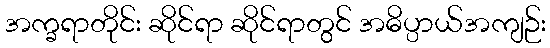
အက္ခရာတိုင်း ဆိုင်ရာ ဆိုင်ရာတွင် အဓိပ္ပာယ်အကျဉ်း